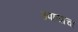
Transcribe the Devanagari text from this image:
उपायाचा